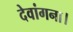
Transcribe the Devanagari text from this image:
देवांगना।